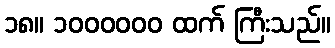
၁၈။ ၁၀၀၀၀၀၀ ထက် ကြီးသည်။